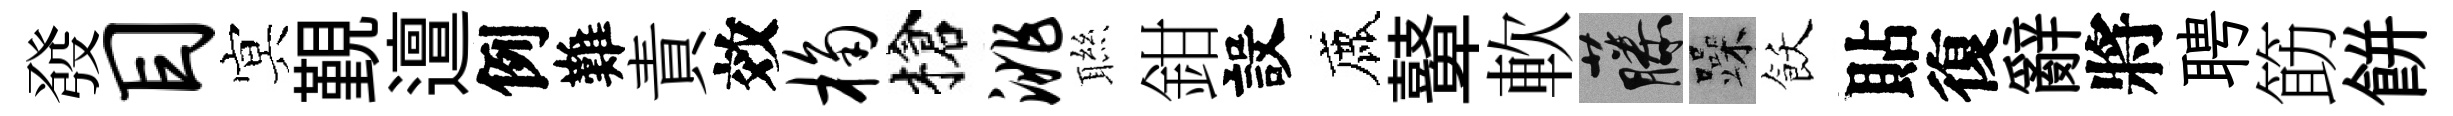
發目㝠覲邅例難責效桷槍洮聮鉗設鹿鼙軟藤躁飫貼復辭將聘筯餅